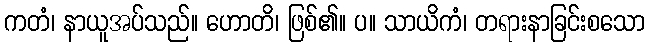
ကတံ၊ နာယူအပ်သည်။ ဟောတိ၊ ဖြစ်၏။ ပ။ သာယိကံ၊ တရားနာခြင်းစသော